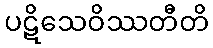
ပဋိသေဝိဿတီတိ